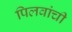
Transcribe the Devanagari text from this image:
पिलवांची